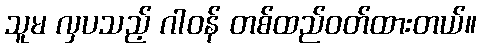
သူမ လှပသည့် ဂါဝန် တစ်ထည်ဝတ်ထားတယ်။